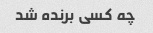
چه کسی برنده شد